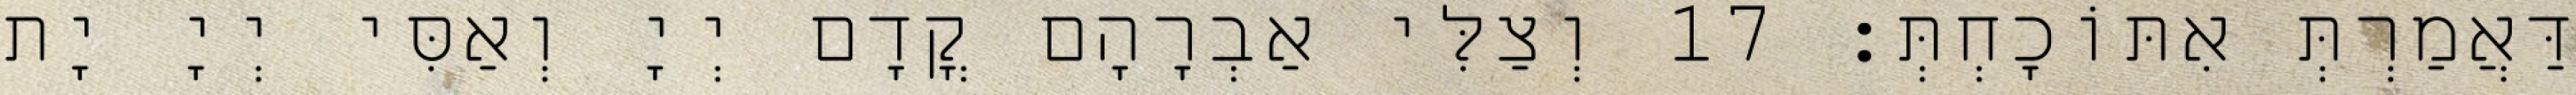
דַּאֲמַרְתְּ אִתּוֹכָחְתְּ׃ 17 וְצַלִּי אַבְרָהָם קֳדָם יְיָ וְאַסִּי יְיָ יָת